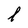
Character: I